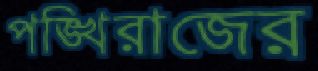
পঙ্খিরাজের